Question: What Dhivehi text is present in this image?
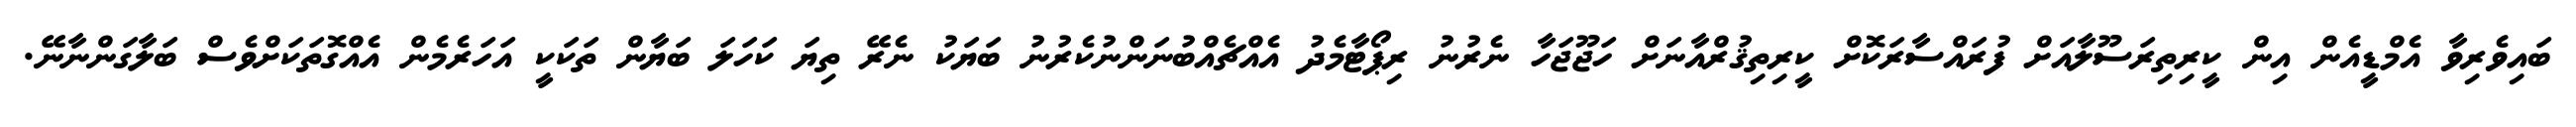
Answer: ބައިވެރިވާ އެމްޑީއެން އިން ކީރިތިރަސޫލާއަށް ފުރައްސާރަކޮށް ކީރިތިޤުރްއާނަށް ހަޖޫޖަހާ ނެރުނު ރިޕޯޓާމެދު އެއްޗެއްބުނަންނުކެރުނު ބަޔަކު ނެރޭ ތިޔަ ކަހަލަ ބަޔާން ތަކަކީ އަހަރެމެން އެއްގޮތަކަށްވެސް ބަލާގަންނާނޭ.